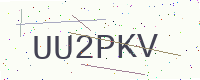
Text: UU2PKV